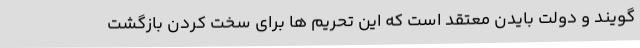
گویند و دولت بایدن معتقد است که این تحریم ها برای سخت کردن بازگشت